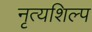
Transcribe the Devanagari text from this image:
नृत्यशिल्प